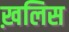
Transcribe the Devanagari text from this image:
ख़लिस